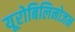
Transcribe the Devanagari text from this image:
यूरोबिलिनोजन